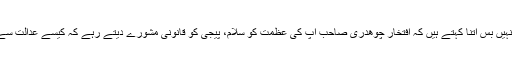
اب کہنے کو کچھ نہیں بس اتنا کہتے ہیں کہ افتخار چوھدری صاحب آپ کی عظمت کو سلام، پیجی کو قانونی مشورے دیتے رہے کہ کیسے عدالت سے بچ کے نکلنا ہے۔